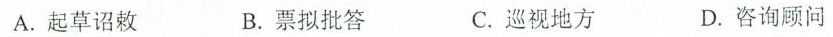
A.起草诏敕 B.票拟批答 C.巡视地方 D.咨询顾问